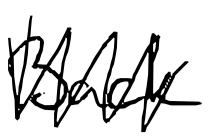
Text: Back
Cross-out: zig-zag
Writing tool: digital_black